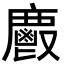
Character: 𢋺